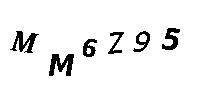
MM6Z95